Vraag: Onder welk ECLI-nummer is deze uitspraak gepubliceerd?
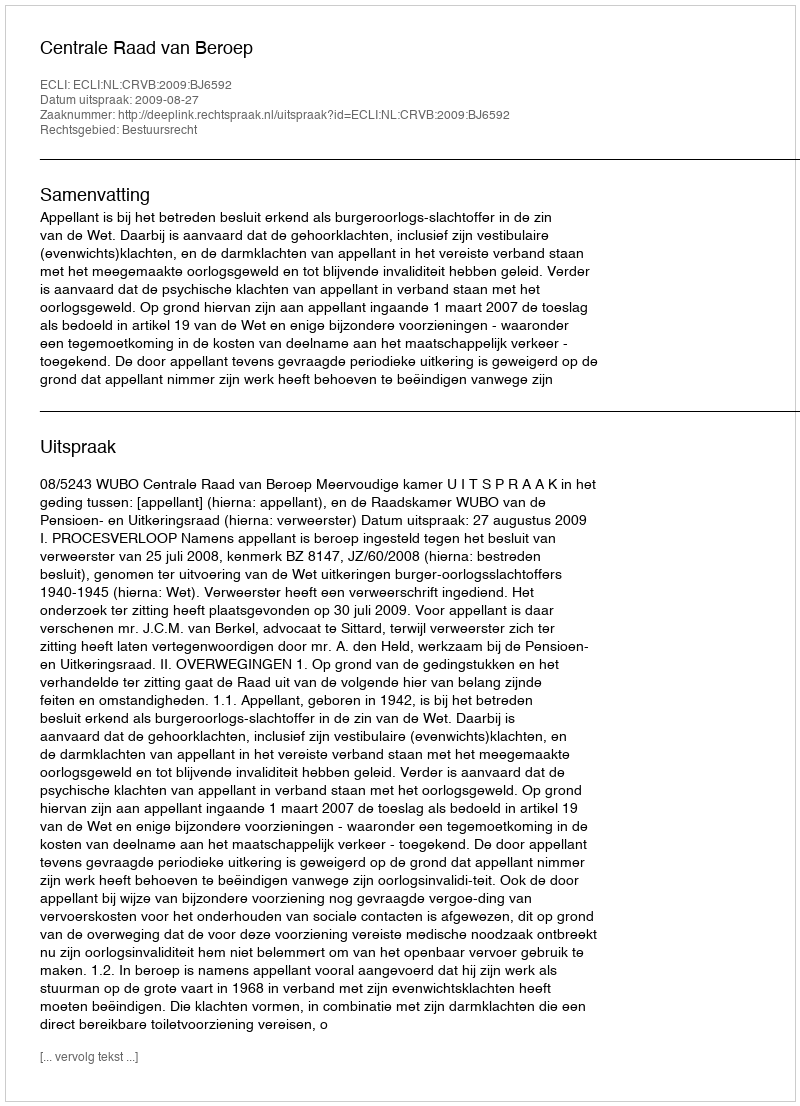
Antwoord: ECLI:NL:CRVB:2009:BJ6592